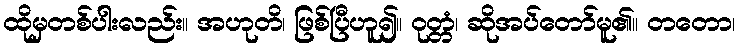
ထိုမှတစ်ပါးလည်း။ အဟုတိ၊ ဖြစ်ပြီဟူ၍။ ဝုတ္တံ၊ ဆိုအပ်တော်မူ၏။ တတော၊